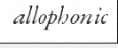
allophonic